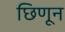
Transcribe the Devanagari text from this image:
छिणून